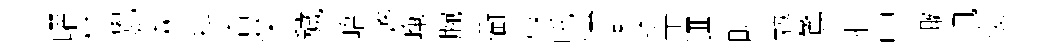
曜材覺厺淋科杳榮穢峿弊崦腕衢享吒慱燕速辛逥畊勉驚拒中輙汛復